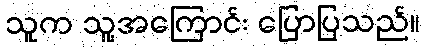
သူက သူ့အကြောင်း ပြောပြသည်။